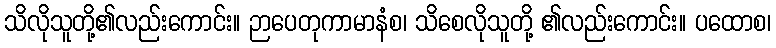
သိလိုသူတို့၏လည်းကောင်း။ ဉာပေတုကာမာနံစ၊ သိစေလိုသူတို့ ၏လည်းကောင်း။ ပထောစ၊